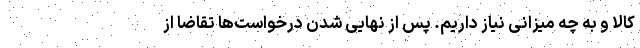
کالا و به چه میزانی نیاز داریم. پس از نهایی شدن درخواست‌ها تقاضا از